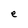
Character: e